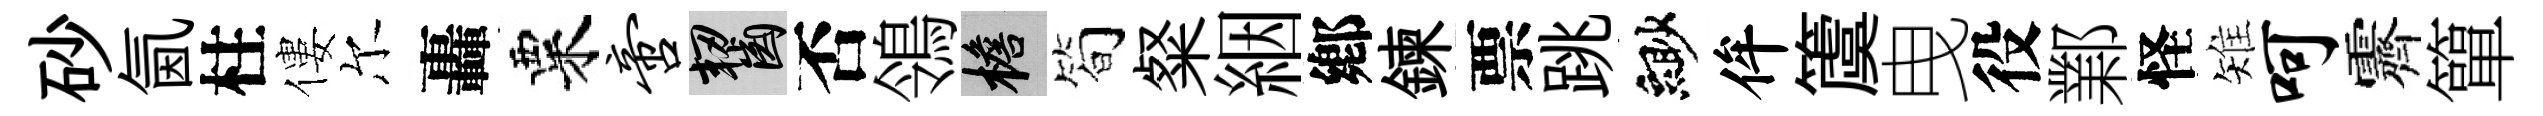
砂氤柱僂尔轟粟啻齧否鴒檐简粲絪鄕鍊票跳緲侔𥵂曳役鄴怪雉呵霽簞